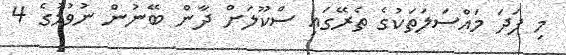
މި ފަދަ މައްސަލަތަކުގެ ތެރޭގައި ސްކޫލަށް ދާން ބޭނުން ނުވުމުގެ 4